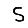
Digit: 5